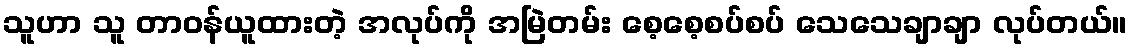
သူဟာ သူ တာဝန်ယူထားတဲ့ အလုပ်ကို အမြဲတမ်း စေ့စေ့စပ်စပ် သေသေချာချာ လုပ်တယ်။